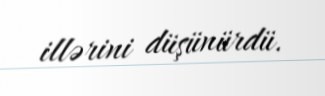
illərini düşünürdü.